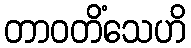
တာဝတိံသေဟိ